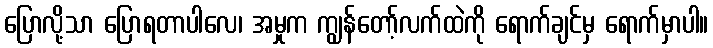
ပြောလို့သာ ပြောရတာပါလေ၊ အမှုက ကျွန်တော့်လက်ထဲကို ရောက်ချင်မှ ရောက်မှာပါ။